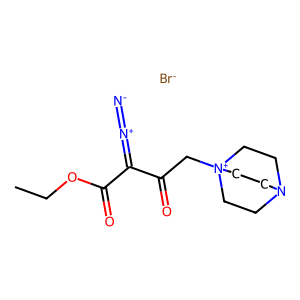
SMILES: CCOC(=O)C(=[N+]=[N-])C(=O)C[N+]12CCN(CC1)CC2.[Br-]
Inhibits HIV replication: No